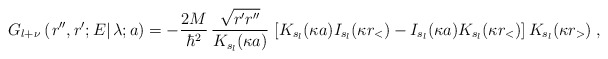
\begin{align*}G_{l+\nu} \left(\left. r'', r' ; E\right| \lambda; a\right)= - \frac{2M}{\hbar^{2}} \,\frac{\sqrt{ r'r''}}{ K_{s_{l}}(\kappa a)}\,\left[K_{s_{l}}(\kappa a) I_{s_{l}}(\kappa r_{<})-I_{s_{l}}(\kappa a) K_{s_{l}}(\kappa r_{<})\right]K_{s_{l}}(\kappa r_{>})\; ,\end{align*}